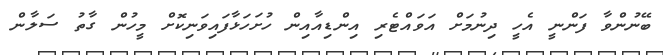
ބޭނުންވާ ފަންނީ އެހީ ދިނުމަށް އަވައްޓެރި އިންޑިއާއިން ހުށަހަޅާފައިވަނިކޮށް މީހުން ގާތު ސަލާން